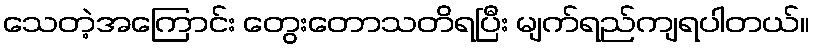
သေတဲ့အကြောင်း တွေးတောသတိရပြီး မျက်ရည်ကျရပါတယ်။